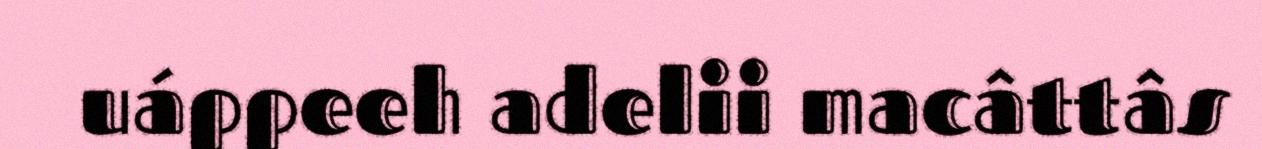
uáppeeh adelii macâttâs